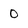
Character: 0